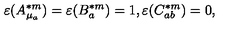
\varepsilon ( A _ { \mu _ { a } } ^ { \ast m } ) = \varepsilon ( B _ { a } ^ { \ast m } ) = 1 , \varepsilon ( C _ { a b } ^ { \ast m } ) = 0 ,